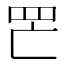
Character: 𦉾